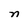
Character: n